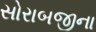
સોરાબજીના